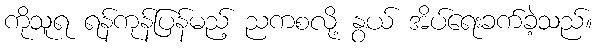
ကိုသူရ ရန်ကုန်ပြန်မည့် ညကစလို့ နွယ် အိပ်ရေးခက်ခဲ့သည်။